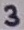
Text: 3